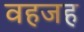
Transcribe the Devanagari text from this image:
वहजह